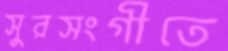
সুরসংগীতে